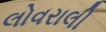
લોવરાલી